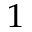
^ { 1 }